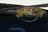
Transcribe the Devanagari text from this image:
अकाटल